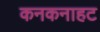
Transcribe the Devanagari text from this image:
कनकनाहट